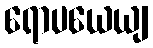
ရောပယေယျ